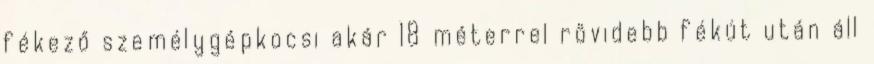
fékező személygépkocsi akár 18 méterrel rövidebb fékút után áll